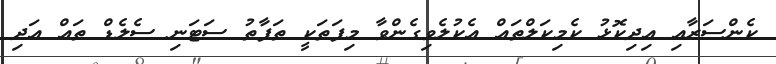
ކެންސަރާއި އިދިކޮޅު ކެމިކަލްތައް އެކުލެވިގެންވާ މިފަތަކީ ތަފާތު ސަޓަނި ސެލެޑް ތައް އަދި